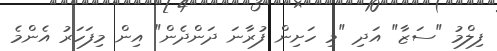
ފިލްމު "ސަޒާ" އަދި "މި ހަށިން ފުރާނަ ދަންދެން" އިން މިފަހަރު އެންމެ